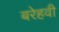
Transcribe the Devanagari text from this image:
बरेहवी